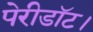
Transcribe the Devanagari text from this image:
पेरीडॉट।